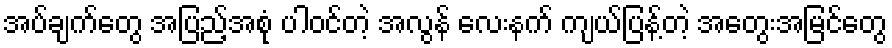
အပ်ချက်တွေ အပြည့်အစုံ ပါဝင်တဲ့ အလွန် လေးနက် ကျယ်ပြန့်တဲ့ အတွေးအမြင်တွေ